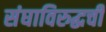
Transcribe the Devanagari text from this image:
संघाविरुद्धची